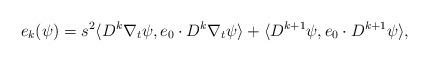
LaTeX: \begin{align*}e_k(\psi)=s^2\langle D^k\nabla_t\psi,e_0\cdot D^k\nabla_t\psi\rangle+\langle D^{k+1}\psi,e_0\cdot D^{k+1}\psi\rangle,\end{align*}